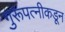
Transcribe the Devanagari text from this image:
गुरूपत्‍नीकडून